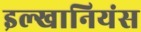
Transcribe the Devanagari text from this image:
इल्खानियंस